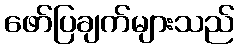
ဖော်ပြချက်များသည်